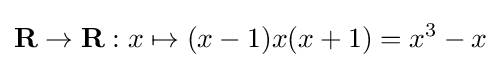
\mathbf {R} \to \mathbf {R} :x\mapsto (x-1)x(x+1)=x^{3}-x